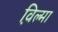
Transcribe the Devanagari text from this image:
व़िल्मा